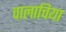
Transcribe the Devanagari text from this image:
वालाचिया